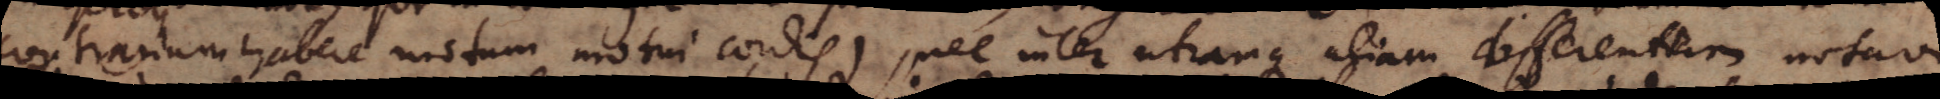
contrarium habere motum motui cordis), nec inter utramque aliam differentiam notavi,